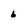
Character: 6